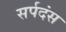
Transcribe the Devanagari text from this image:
सर्पदंस